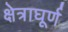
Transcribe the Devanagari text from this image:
क्षेत्राघूर्ण